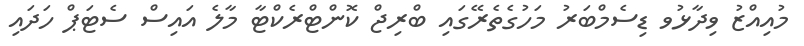
މުއިއްޒު ވިދާޅުވ ޑިސެމްބަރު މަހުގެތެރޭގައި ބްރިޖް ކޮންޓްރެކްޓާ މާލެ އައިސް ސެޓަޕް ހަދައި